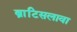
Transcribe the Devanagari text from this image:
ब्राटिसलावा